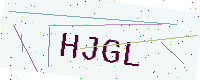
Text: HJGL